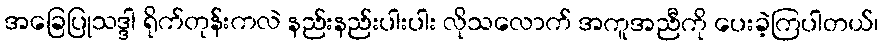
အခြေပြုသဒ္ဒါ ရိုက်တုန်းကလဲ နည်းနည်းပါးပါး လိုသလောက် အကူအညီကို ပေးခဲ့ကြပါတယ်၊